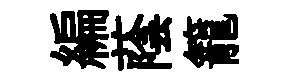
編蔭籠